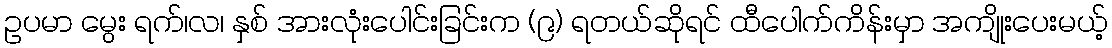
ဥပမာ မွေး ရက်၊လ၊ နှစ် အားလုံးပေါင်းခြင်းက (၉) ရတယ်ဆိုရင် ထီပေါက်ကိန်းမှာ အကျိုးပေးမယ့်